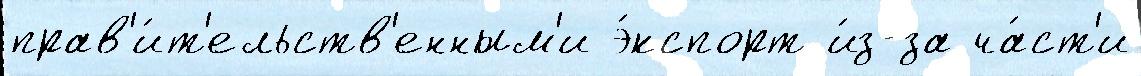
прав'и́т'ельств'енным'и э́кспорт и́з-за ча́ст'и